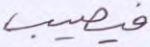
فيصيب